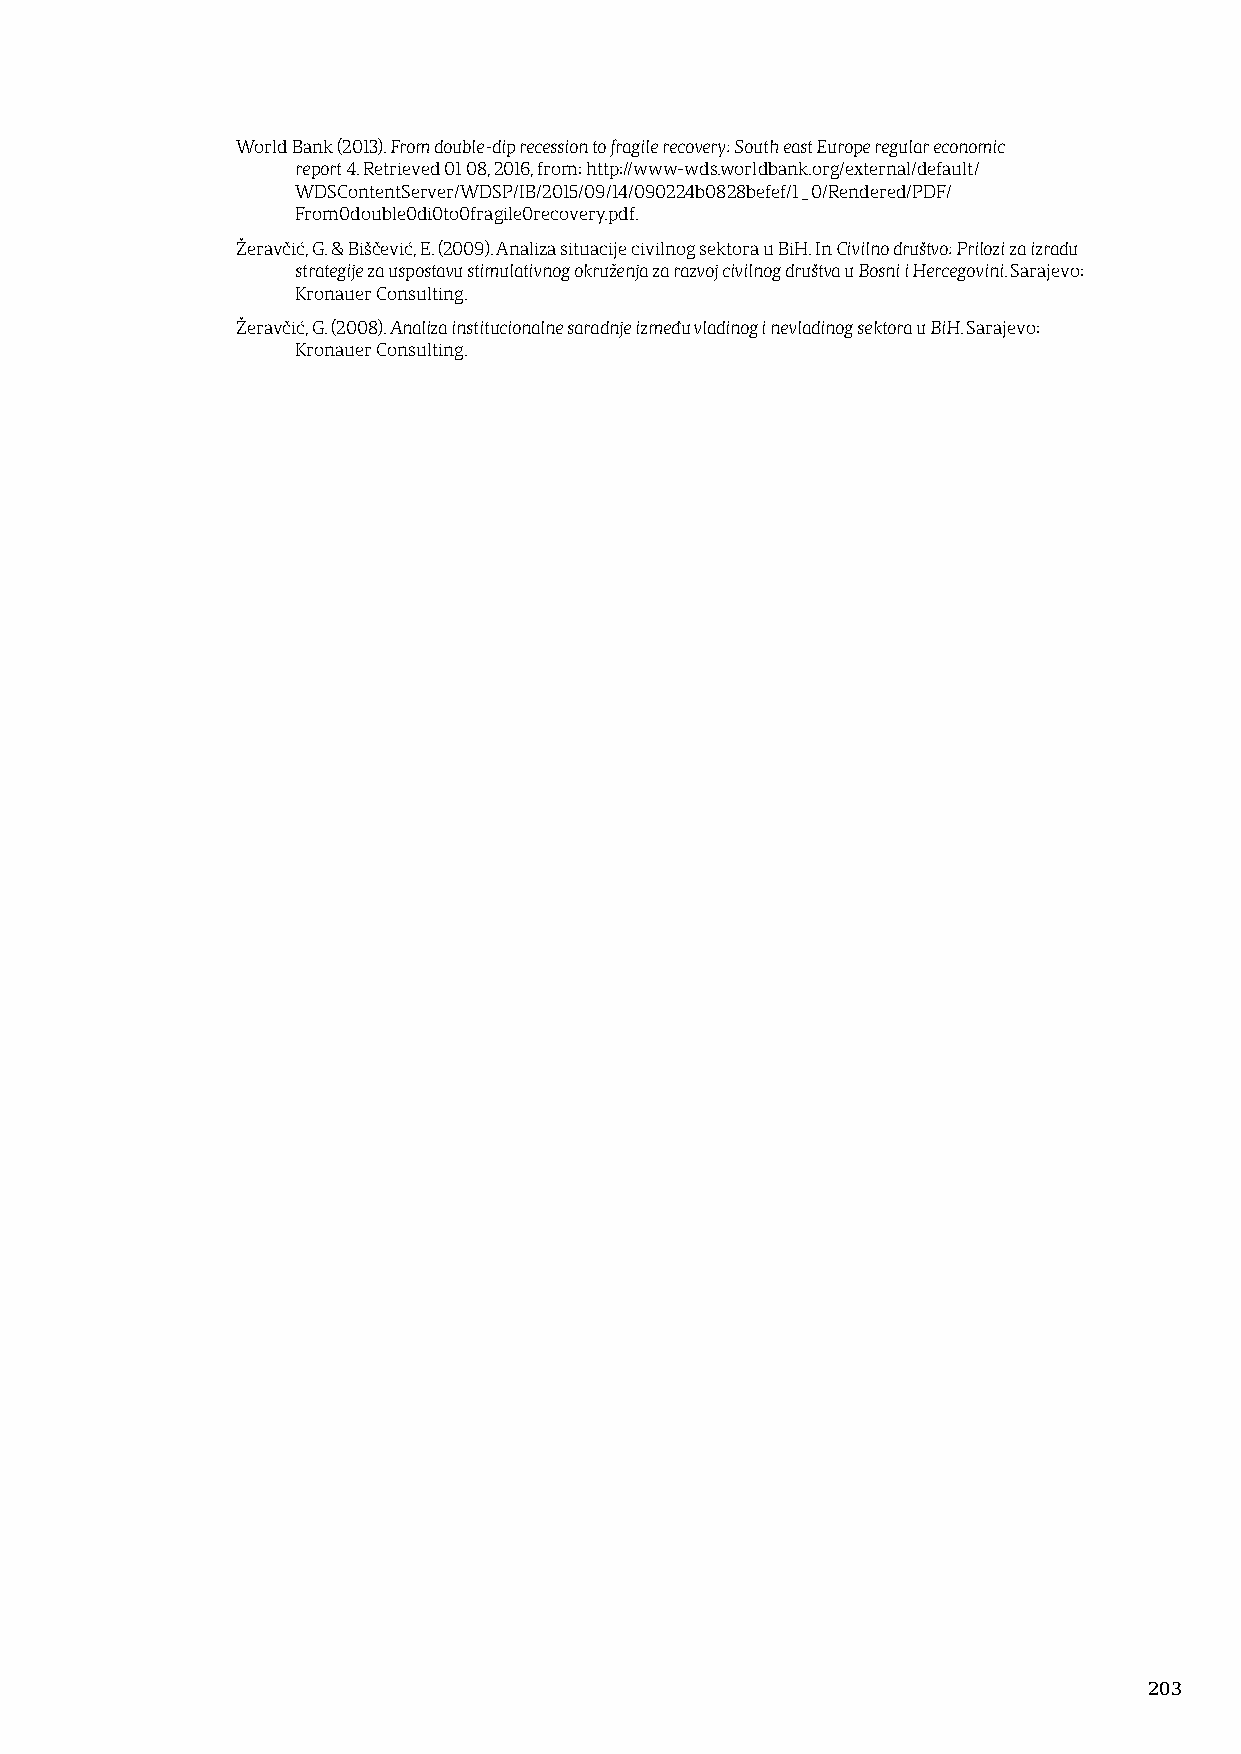
World Bank (2013). From double-dip recession to fragile recovery: South east Europe regular economic
 report 4. Retrieved 01 08, 2016, from: http://www-wds.worldbank.org/external/default/
 WDSContentServer/WDSP/IB/2015/09/14/090224b0828befef/1_0/Rendered/PDF/
 From0double0di0to0fragile0recovery.pdf.
 Žeravčić, G. & Biščević, E. (2009). Analiza situacije civilnog sektora u BiH. In Civilno društvo: Prilozi za izradu
 strategije za uspostavu stimulativnog okruženja za razvoj civilnog društva u Bosni i Hercegovini. Sarajevo:
 Kronauer Consulting.
 Žeravčić, G. (2008). Analiza institucionalne saradnje između vladinog i nevladinog sektora u BiH. Sarajevo:
 Kronauer Consulting.
 203